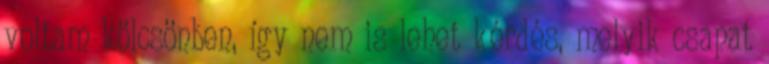
voltam kölcsönben, így nem is lehet kérdés, melyik csapat